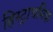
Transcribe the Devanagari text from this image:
हिस्ट्राथमिक